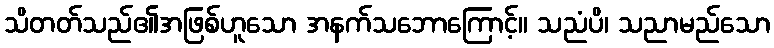
သိတတ်သည်၏အဖြစ်ဟူသော အနက်သဘောကြောင့်။ သညံပိ၊ သညာမည်သော